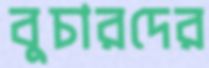
বুচারদের